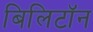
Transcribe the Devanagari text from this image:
बिलिटॉन